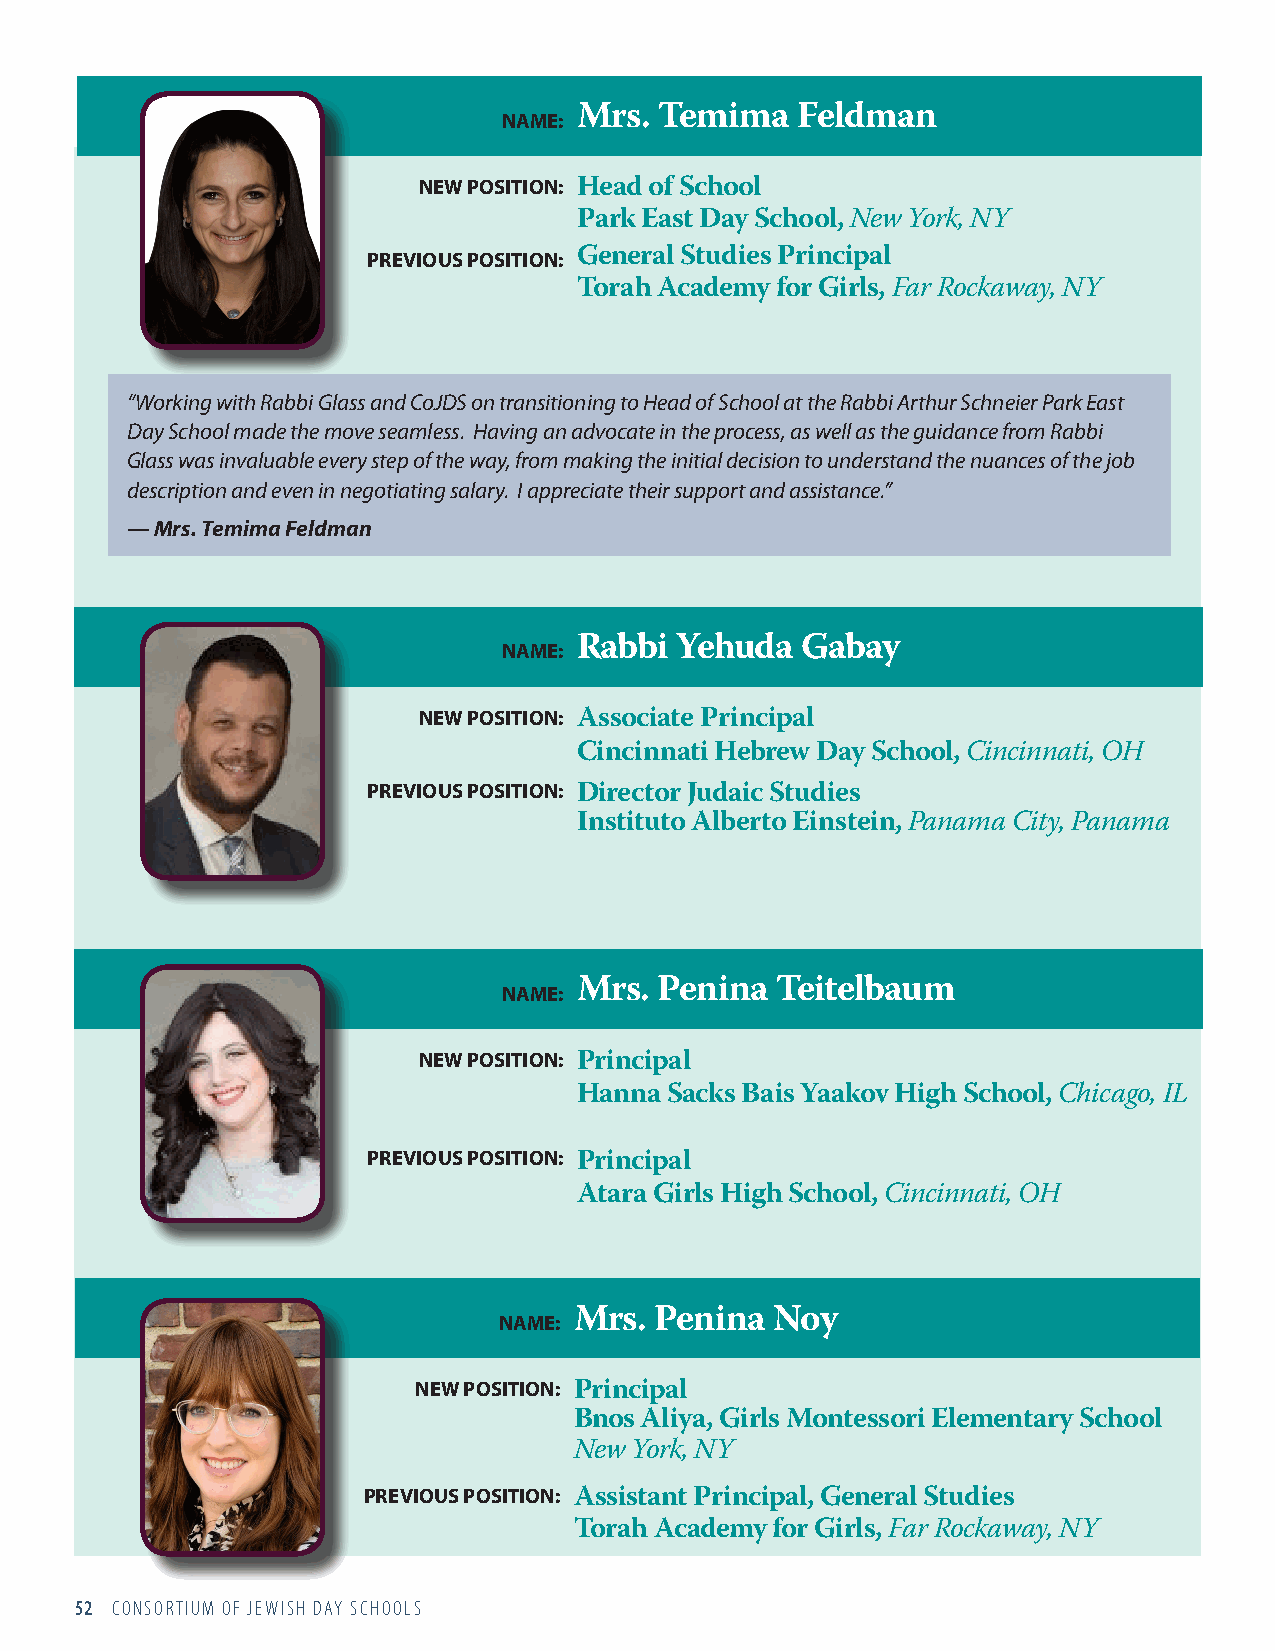
NAME: Mrs. Temima   Feldman
 NEW POSITION: Head of School
 Park East Day School, New York, NY
 PREVIOUS POSITION: General Studies Principal
 Torah Academy for Girls, Far Rockaway, NY
 “Working with Rabbi Glass and CoJDS on transitioning to Head of School at the Rabbi Arthur Schneier Park East
 Day School made the move seamless. Having an advocate in the process, as well as the guidance from Rabbi
 Glass was invaluable every step of the way, from making the initial decision to understand the nuances of the job
 description and even in negotiating salary. I appreciate their support and assistance.”
 — Mrs. Temima Feldman
 NAME: Rabbi Yehuda  Gabay
 NEW POSITION: Associate Principal
 Cincinnati Hebrew Day School, Cincinnati, OH
 PREVIOUS POSITION:
 Director Judaic Studies
 Instituto Alberto Einstein, Panama City, Panama
 NAME: Mrs. Penina Teitelbaum
 NEW POSITION: Principal
 Hanna Sacks Bais Yaakov High School, Chicago, IL
 PREVIOUS POSITION:
 Principal
 Atara Girls High School, Cincinnati, OH
 NAME: Mrs. Penina Noy
 NEW POSITION: Principal
 Bnos Aliya, Girls Montessori Elementary School
 New York, NY
 PREVIOUS POSITION:
 Assistant Principal, General Studies
 Torah Academy for Girls, Far Rockaway, NY
 52 CONSORTIUM OF JEWISH DAY SCHOOLS